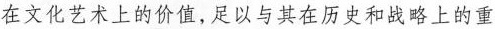
在文化艺术上的价值，足以与其在历史和战略上的重